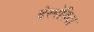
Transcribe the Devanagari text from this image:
देस्पेदिदा